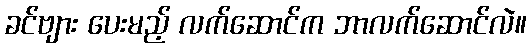
ခင်ဗျား ပေးမည့် လက်ဆောင်က ဘာလက်ဆောင်လဲ။